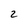
Character: 2